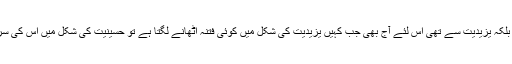
امام عالی مقام کی جنگ یزید سے نہیں بلکہ یزیدیت سے تھی اس لئے آج بھی جب کہیں یزیدیت کی شکل میں کوئی فتنہ اٹھانے لگتا ہے تو حسینیت کی شکل میں اس کی سرکوبی کے لئے طاقتیں سامنے آتی ہیں۔